Eesti_Toorahva_Kommuun, lk 45
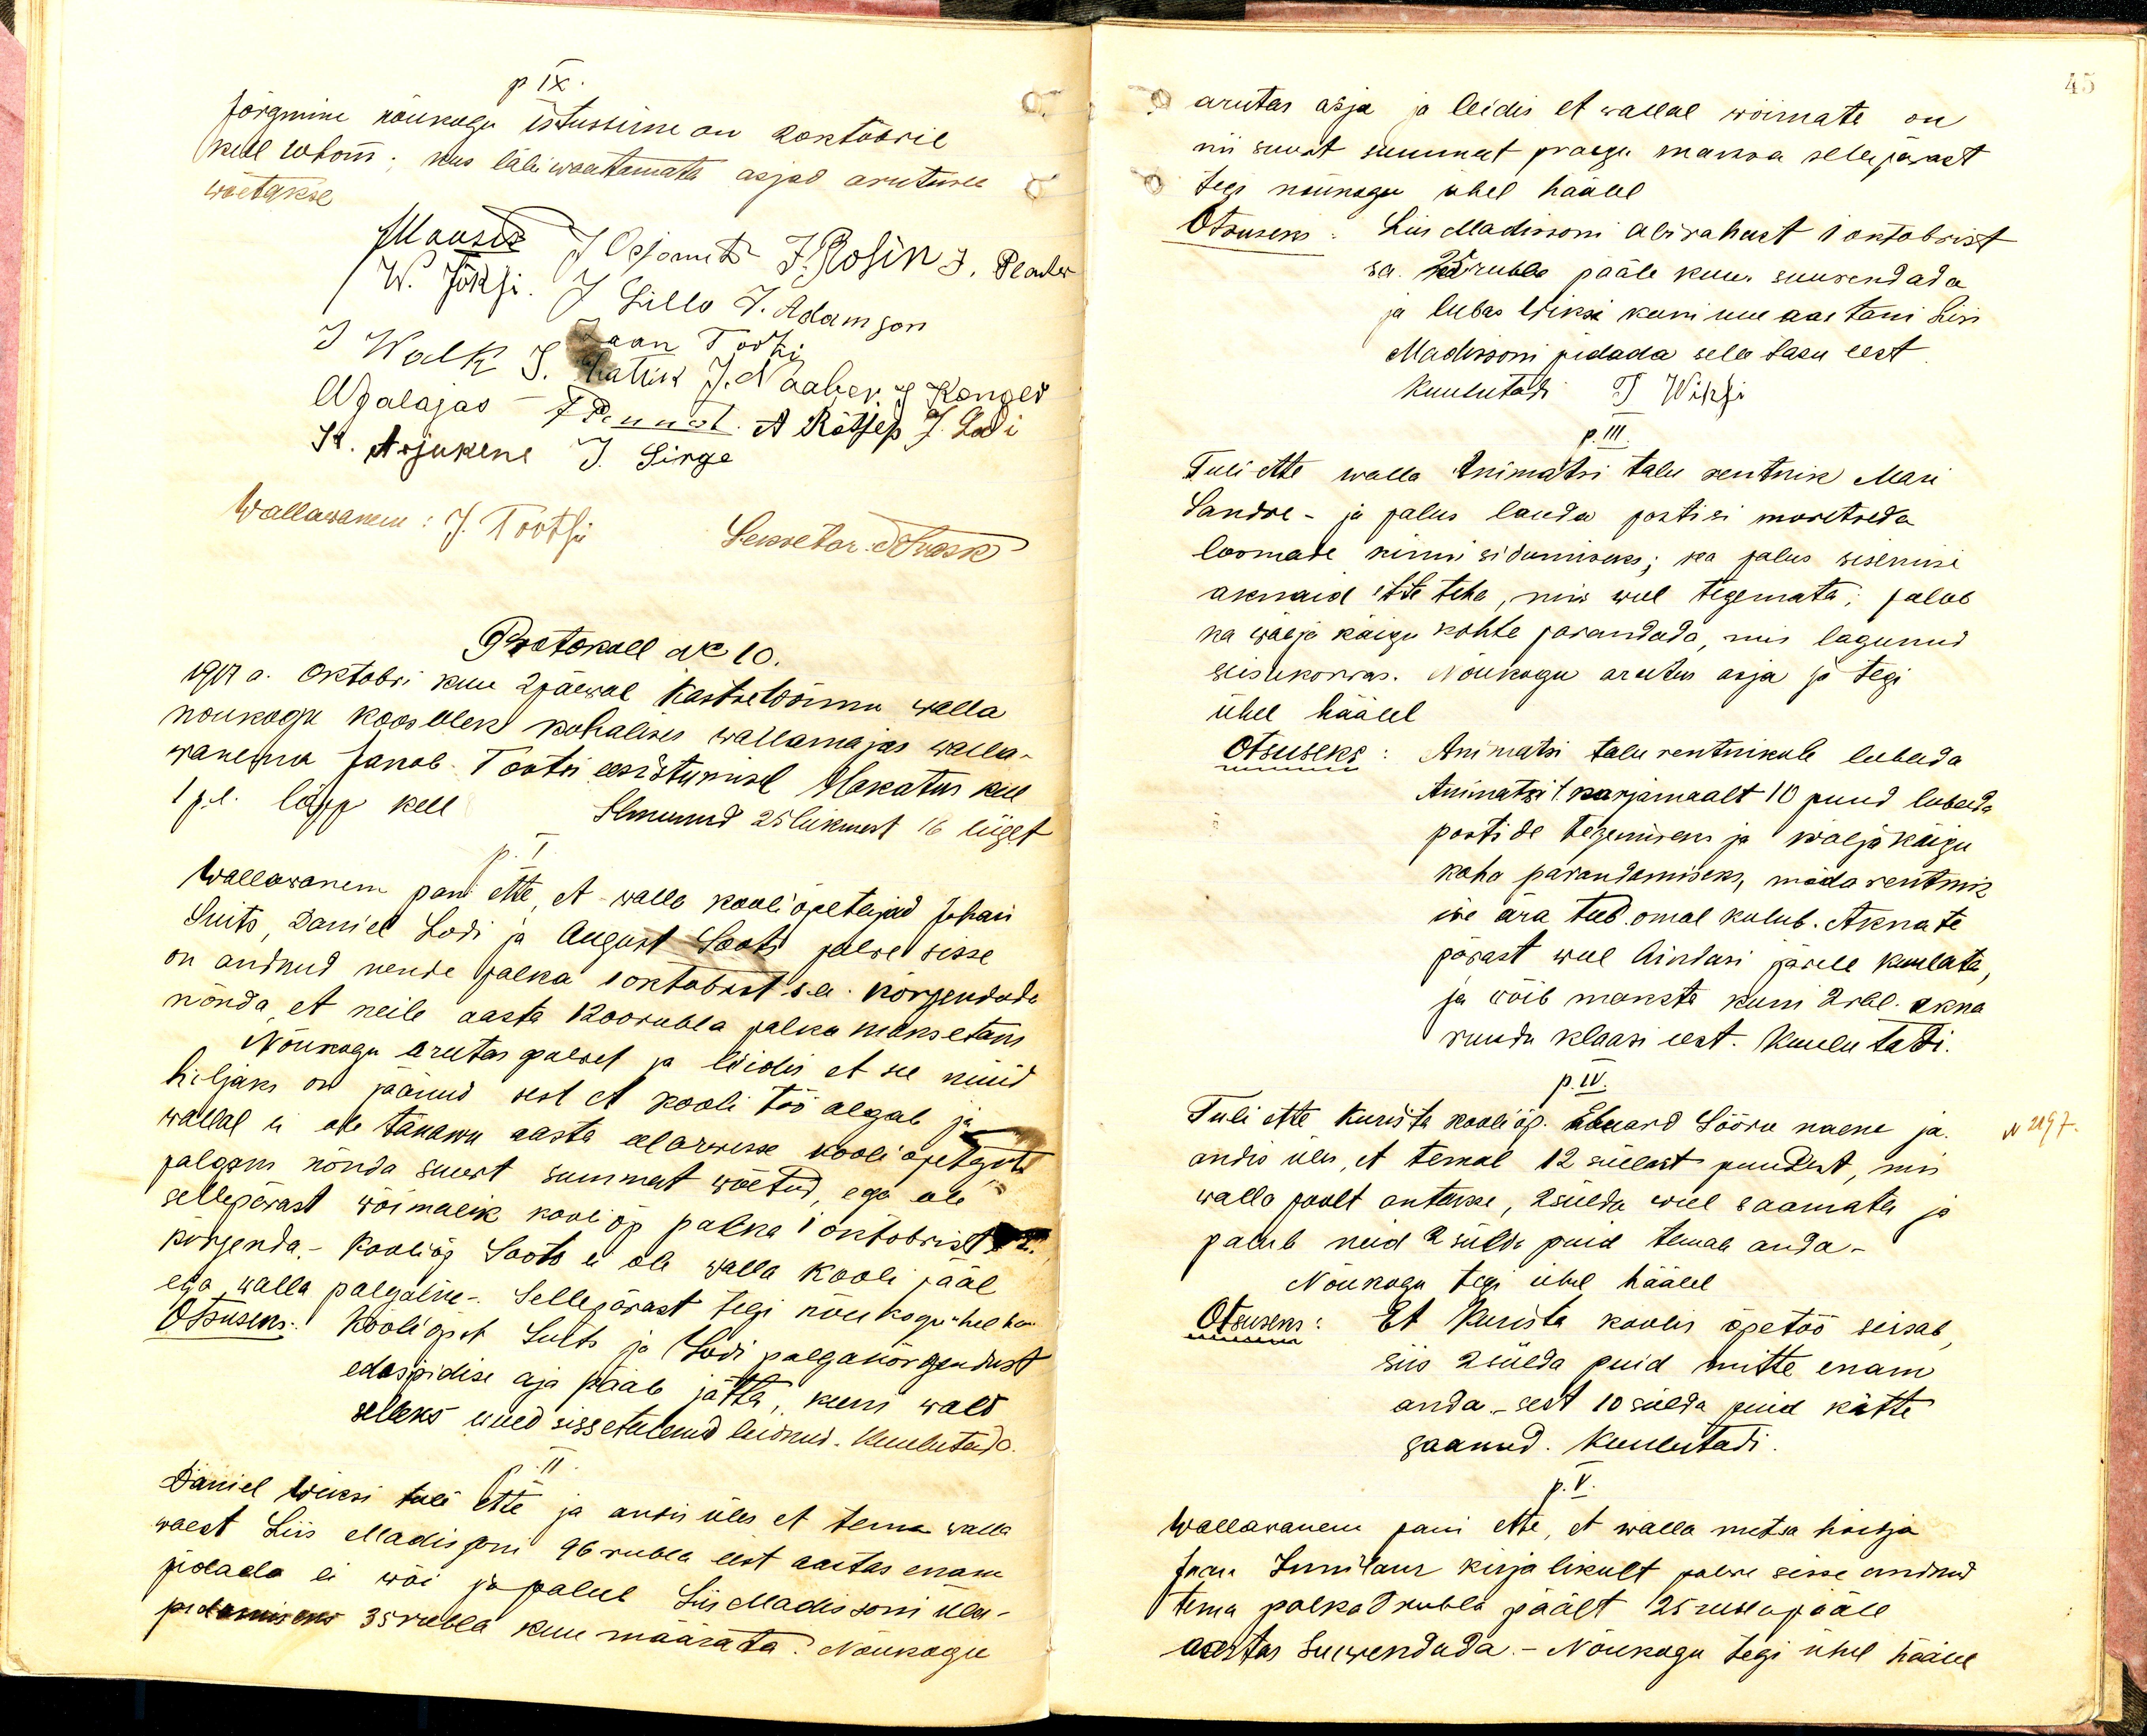
p IX.
Järgmine nõukogu istumine on 2 oktobril
kell 10 hom; kus läbi waatamata asjad arutuse
wõetakse
JMaasik JOcjonu t. J. Rosin J. Pladi
W. Jõksi J Lillo J. Adamson
Jaan Tootsi
S Walk S. Rattik J. Naaber J. Konger
Udalajas 7 dennat. A Rätsep J. Lodi
Jr. Arjukene J. Sirge
Wallawanem: J. Tootsi
Sekretar: Drask
Protokoll ak 10.
1917 a. Oktobri kuu 2 päewal Kastre Wõnnu walla
nõukogu koosolek kohalises wallamajas walla-
wanema Jakob Tootsi eesistumisel hakatus kell
1 p.l. lõpp kell 8
Ilmunud 25 liikmest 16 liiget
p. I.
Wallawanem pani ette, et walla kooliõpetajad Johan
Suits, Daniel Lodi ja August Loots palwe sisse
on andnud nende palka 1 oktobrst s.a. kõrgendada
nõnda et neile aasta 1200 rubla palka maksetaks
Nõukogu arutas palwet ja leidis et see nüüd
hiljaks on jäänud sest et kooli töö algab ja
wallal ei ole tänawu aasta eelarwesse kooliõpetajate
palgaks nõnda suurt summat wõetud, ega ole
sellepärast wõimalik kooli õp palka 1 oktobrist.
kõrgenda. Kooliõp Loots ei ole walla kooli pääl
ega walla palgaline. Sellepärast tegi nõukogu ühel ka
Otsuseks: Kooliõpet Suits ja Lodi palgakõrgendust
edaspidise aja pääle jätta, kuni wald
selleks uued sissetulekud leidnud. Kuulutada
p. II
Daniel Wiksi tuli ette ja andis üles et tema walla
waest Liis Madissoni 96 rubla eest aastas enam
pidada ei wõi ja palub Liis Madissoni üles-
pidamiseks 35 rubla kuu määrata. Nõukogu

arutas asja ja leidis et wallal wõimatu on
nii suurt suumat praegu maksa sellepärast
tegi nõukogu ühel häälel
Otsuseks: Liis Madissoni abirahast 1 oktoobrist
s.a. 35 rubla pääle kuus suurendada
ja lubas Wiksi kuni uue aastani Liis
Madissoni pidada selle tasu eest
Kuulutadi T Wiksi
p. III.
Tuli ette walla Animatsi talu rentnik Mari
Sandre- ja palus lauda postisi muretseda
loomade kinni sidumiseks; ka palus sisemise
aknaid ette teha, mis weel tegemata; palub
ka wälja käigu kohta parandada, mis lagunud
seisukorras. Nõukogu arutas asja ja tegi
ühel häälel
Otsuseks: Animatsi talu rentnikule lubada
Animatsi 1. karjamaalt 10 puud lubada
postide tegemiseks ja wälja käigu
koha parandamiseks, mida rentnik
ise ära teeb omal kulub. Aknate
pärast weel Aintasi järele kuulata;
ja wõib maksta kuni 2 rbl. akna
ruudu klaasi eest. Kuulutadi.
p.IV.
Tuli ette Kurista kooliõp. Eduard Sõõru naene ja
N 2197.
andis üles, et temal 12 süllast puudest, mis
walla poolt antakse, 2 sülda weel saamata ja
palub need 2 sülda puid temale anda.
Nõukogu tegi ühel häälel
Otsuseks: Et Kurista koolis õpetöö seisab
siis 2 sülda puid mitte enam
anda, sest 10 sülda puid kätte
saanud. Kuulutadi
p.V.
Wallawanem pani ette, et walla metsa hoidja
Jaan Junilau kirjalikult palwe sisse andnud
tema palka 8 rubla päält 25 rubla pääle
aastas suurendada.- Nõukogu tegi ühel häälel